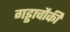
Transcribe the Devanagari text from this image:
गड्डाचौकी